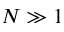
N \gg 1